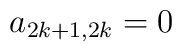
a_{2k+1,2k} = 0